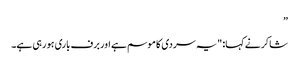
”
شاکر نے کہا: "یہ سردی کا موسم ہے اور برف باری ہو رہی ہے۔